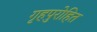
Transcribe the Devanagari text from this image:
गृहपुरोहित